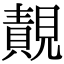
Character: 䚍